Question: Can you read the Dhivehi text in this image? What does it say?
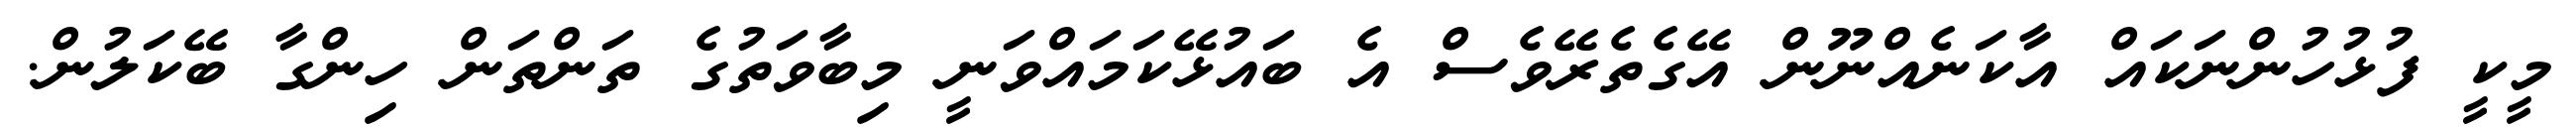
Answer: މީކީ ފުޅުހުންނަކައް އާކަނެއްނޫން އޭގެތެރޭވެސް އެ ބައުޅޭކަމައްވަނީ މިބާވަތުގެ ތަންތަން ހިންގާ ބޭކަލުން.